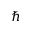
\hbar